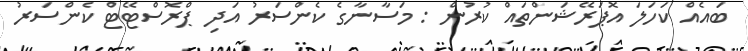
ބައެއް ކަހަލަ އޮޕަރޭޝަންތައް ކުރުން : މަސާނާގެ ކެންސަރު އަދި ޕްރޮސްޓޭޓް ކެންސަރު